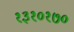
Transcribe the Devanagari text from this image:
१३१०१७०